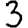
Digit: 3